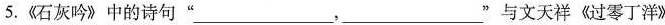
5.《石灰吟》中的诗句” ___，___ ”与文天祥《过零丁洋》